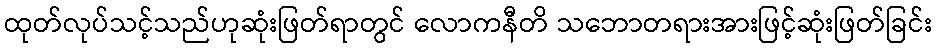
ထုတ်လုပ်သင့်သည်ဟုဆုံးဖြတ်ရာတွင် လောကနီတိ သဘောတရားအားဖြင့်ဆုံးဖြတ်ခြင်း